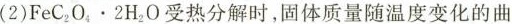
(2)$$F e C _ { 2 } O _ { 4 } \cdot 2 H _ { 2 } O$$受热分解时，固体质量随温度变化的曲